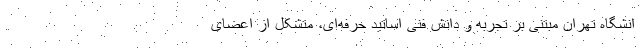
انشگاه تهران مبتنی بر تجربه و دانش فنی اساتید حرفه‌ای، متشکل از اعضای